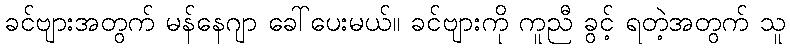
ခင်ဗျားအတွက် မန်နေဂျာ ခေါ်ပေးမယ်။ ခင်ဗျားကို ကူညီ ခွင့် ရတဲ့အတွက် သူ